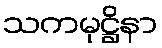
သကမုဋ္ဌိနာ